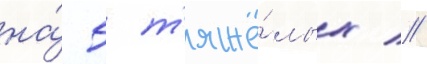
на́ 5 т'яжё́лых //